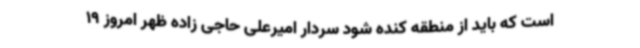
است که باید از منطقه کنده شود سردار امیرعلی حاجی زاده ظهر امروز 19